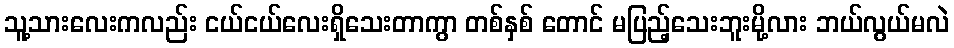
သူ့သားလေးကလည်း ငယ်ငယ်လေးရှိသေးတာကွာ တစ်နှစ် တောင် မပြည့်သေးဘူးမို့လား ဘယ်လွယ်မလဲ